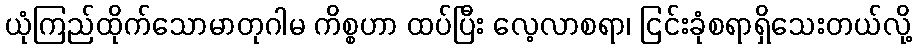
ယုံကြည်ထိုက်သောမာတုဂါမ ကိစ္စဟာ ထပ်ပြီး လေ့လာစရာ၊ ငြင်းခုံစရာရှိသေးတယ်လို့